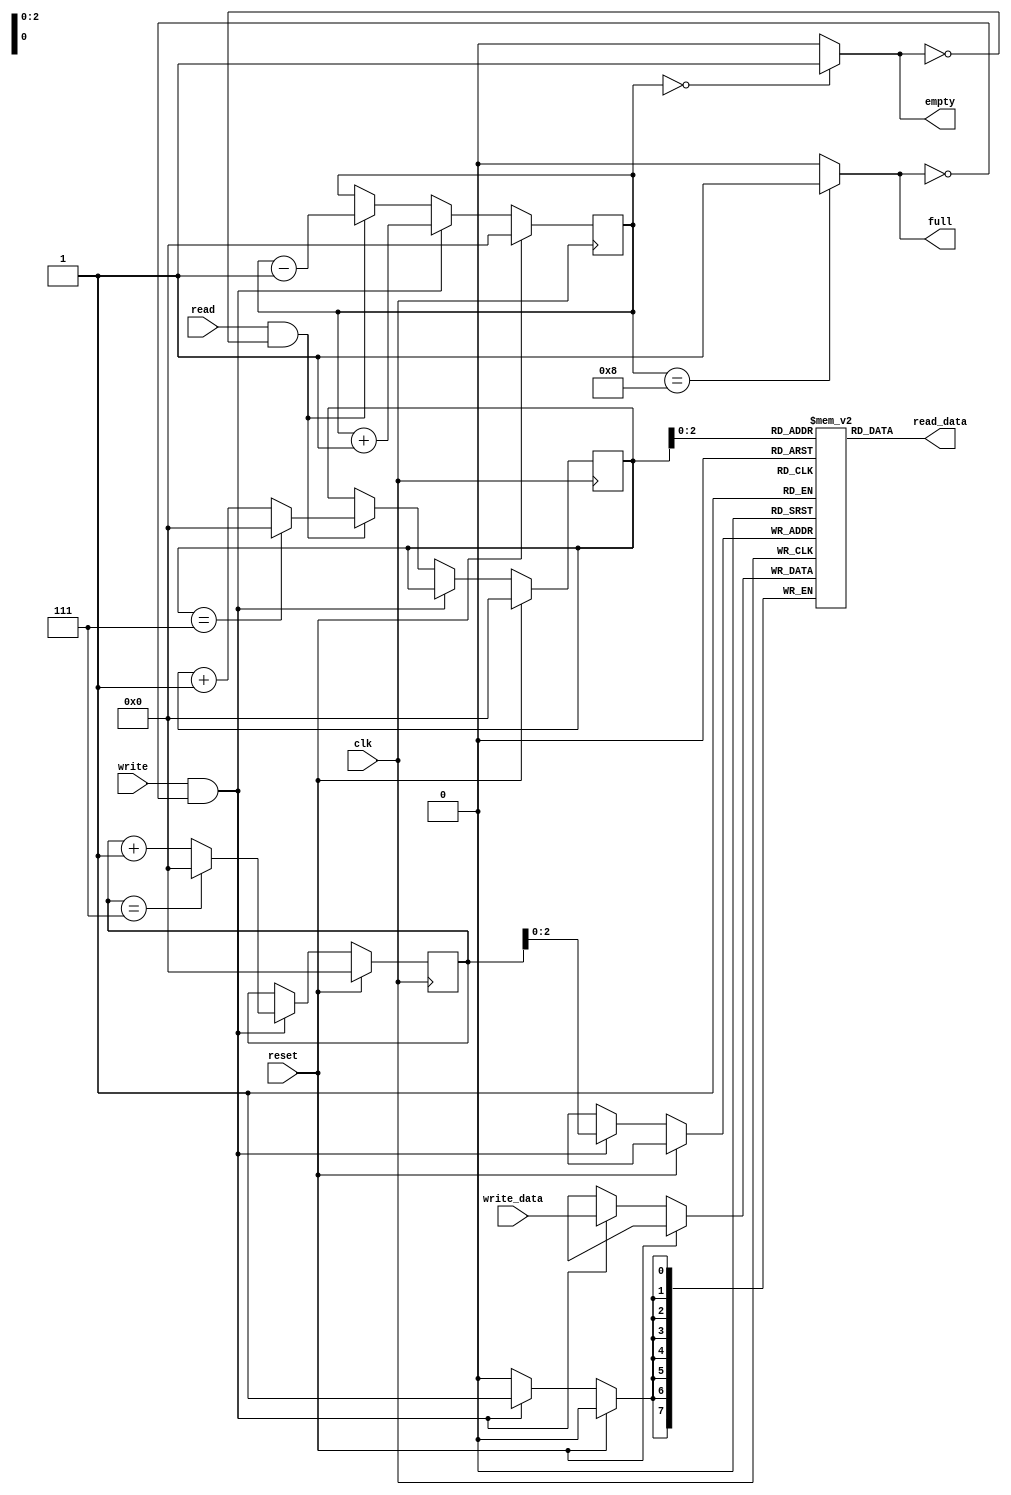
module FIFO #(
    parameter DEPTH = 8,
    parameter WIDTH = 8
) (
    input wire clk,
    input wire reset,
    input wire write,
    input wire read,
    input wire [WIDTH-1:0] write_data,
    output wire full,
    output wire empty,
    output wire [WIDTH-1:0] read_data
);

reg [5:0] counter;
reg [WIDTH-1:0] memory[DEPTH-1:0];
reg [5:0] read_ptr;
reg [5:0] write_ptr;

assign read_data = memory[read_ptr];

initial begin
    counter = 6'd0;
    read_ptr = 6'd0;
    write_ptr = 6'd0;
end

always @(posedge clk) begin
    if(reset == 1'b1) begin
        counter <= 6'd0;
        read_ptr <= 6'd0;
        write_ptr <= 6'd0;
    end else begin
        if (write && full == 1'b0) begin
            counter <= counter + 1'b1;
            memory[write_ptr] <= write_data;
            write_ptr <= (write_ptr == DEPTH-1) ? 6'd0 : write_ptr + 1'b1;
        end else if (read && empty == 1'b0) begin
            counter <= counter - 1'b1;
            read_ptr <= (read_ptr == DEPTH-1) ? 'd0 : read_ptr + 1'b1;
        end
    end
end

assign full = (counter == DEPTH) ? 1'b1 : 1'b0;
assign empty = (counter == 0) ? 1'b1 : 1'b0;
    
endmodule